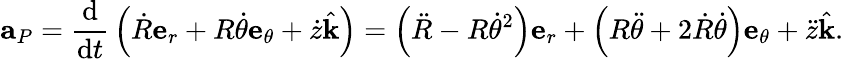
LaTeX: \mathbf{a}_{P}={\frac{\mathrm{d}}{{\mathrm{d}}t}}\left({\dot{R}}\mathbf{e}_{r}+R{\dot{\theta}}\mathbf{e}_{\theta}+{\dot{z}}{\hat{\mathbf{k}}}\right)=\left({\ddot{R}}-R{\dot{\theta}}^{2}\right)\mathbf{e}_{r}+\left(R{\ddot{\theta}}+2{\dot{R}}{\dot{\theta}}\right)\mathbf{e}_{\theta}+{\ddot{z}}{\hat{\mathbf{k}}}.